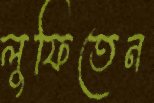
লুফিতেন